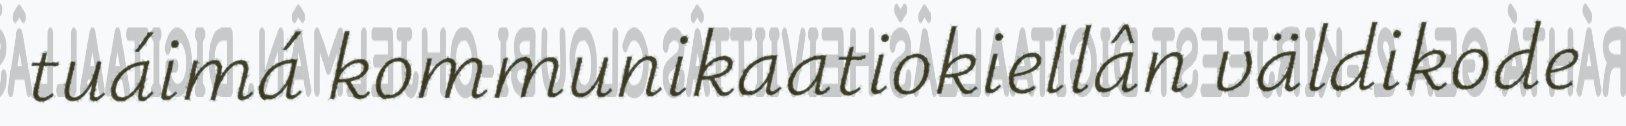
tuáimá kommunikaatiokiellân väldikode